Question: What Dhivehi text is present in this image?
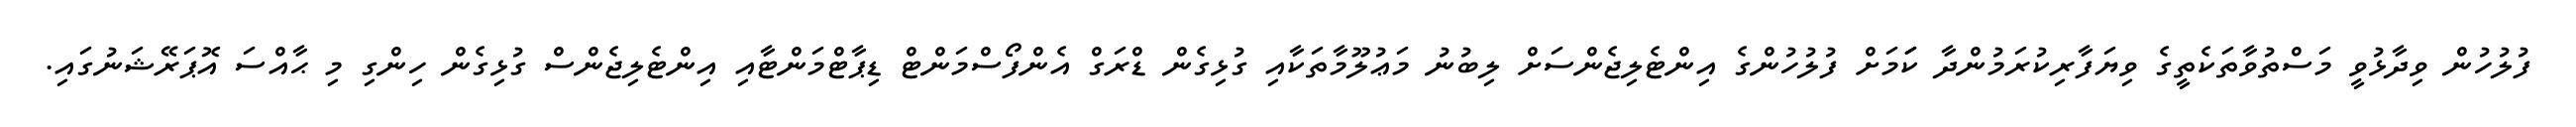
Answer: ފުލުހުން ވިދާޅުވީ މަސްތުވާތަކެތީގެ ވިޔަފާރިކުރަމުންދާ ކަަމަށް ފުލުހުންގެ އިންޓެލިޖެންސަށް ލިބުނު މަޢުލޫމާތަކާއި ގުޅިގެން ޑްރަގް އެންފޯސްމަންޓް ޑިޕާޓްމަންޓާއި އިންޓެލިޖެންސް ގުޅިގެން ހިންގި މި ޙާއްސަ އޮޕަރޭޝަނުގައި.